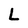
Character: L